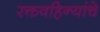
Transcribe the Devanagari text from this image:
रक्तवहिन्यांचे